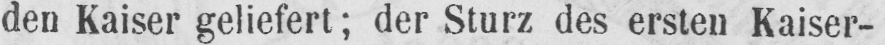
den Kaiser geliefert; der Sturz des ersten Kaiser-